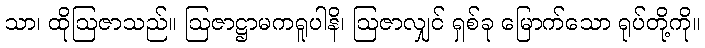
သာ၊ ထိုဩဇာသည်။ ဩဇာဋ္ဌာမကရူပါနိ၊ ဩဇာလျှင် ရှစ်ခု မြောက်သော ရုပ်တို့ကို။